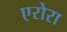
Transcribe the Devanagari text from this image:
एरोरा